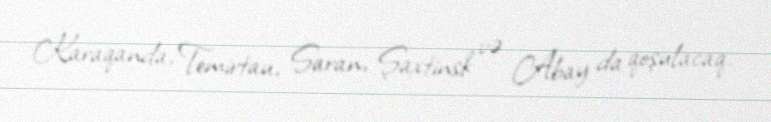
Karaqanda, Temirtau, Saran, Şaxtinsk və Abay da qoşulacaq.